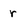
Character: r